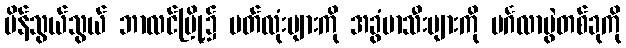
ပိန်သွယ်သွယ် ဘာလင်မြို့၌ ပတ်လုံးများကို အခွံမာသီးများကို မင်္ဂလာပွဲတစ်ခုကို